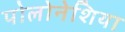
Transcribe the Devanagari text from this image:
पोलोनेशिया